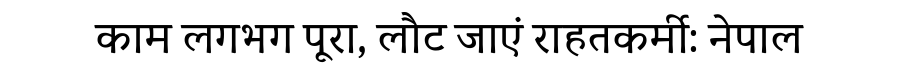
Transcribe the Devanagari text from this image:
काम लगभग पूरा, लौट जाएं राहतकर्मी: नेपाल